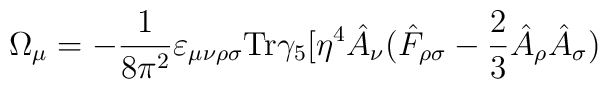
\Omega_{\mu} =-\frac{1}{8\pi^2} \varepsilon_{\mu \nu \rho \sigma} \mbox {Tr}\gamma_5 [\eta^4 \hat A_{\nu} (\hat F_{\rho \sigma} -\frac{2}{3} \hat A_{\rho} \hat A_{\sigma})